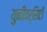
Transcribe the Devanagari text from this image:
युनीवर्सिटी